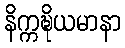
နိက္ကဍ္ဎိယမာနာ